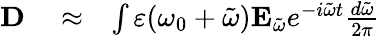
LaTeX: \begin{array}{rlr}{{\mathbf D}}&{{}\approx}&{\int\varepsilon(\omega_{0}+\tilde{\omega}){\mathbf E}_{\tilde{\omega}}e^{-i\tilde{\omega}t}\frac{d\tilde{\omega}}{2\pi}}\end{array}